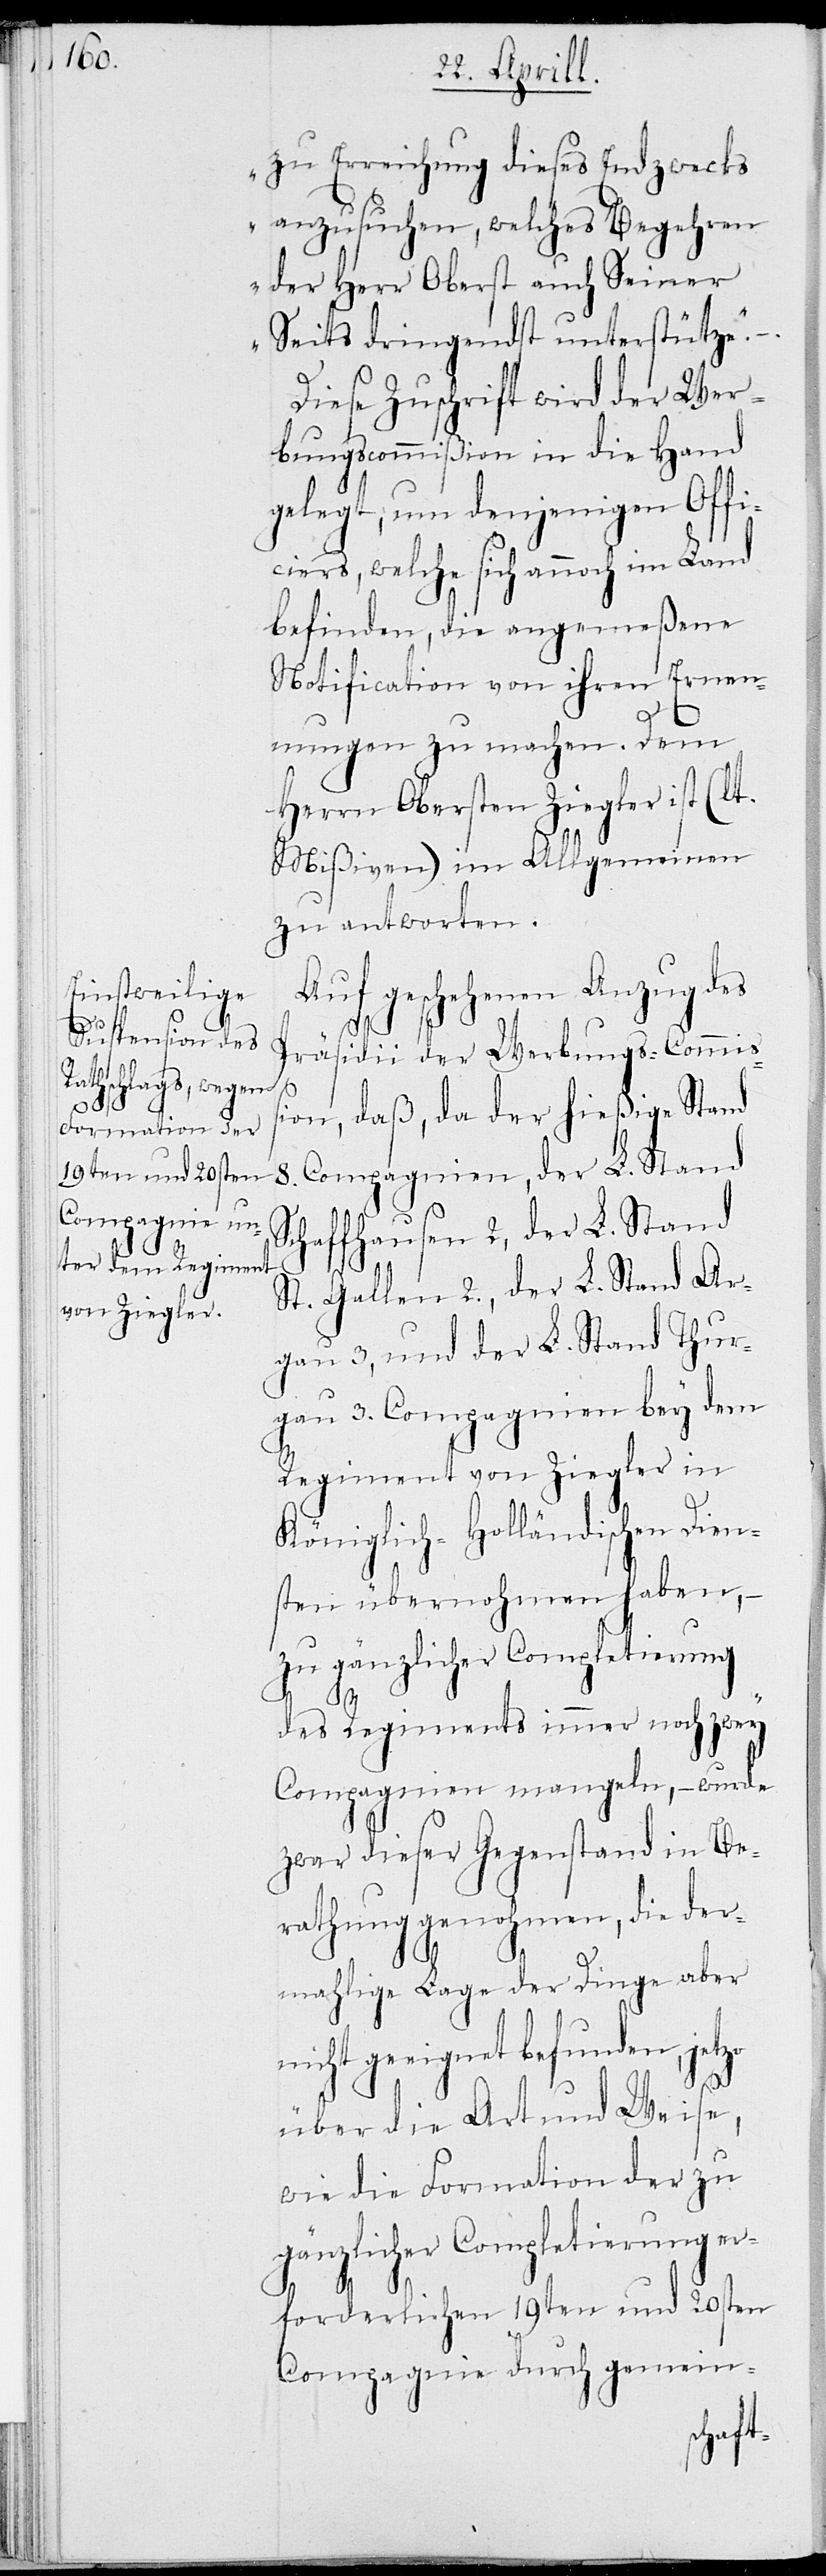
zu Erreichung dieses Endzwecks
anzusuchen, welches Begehren
der Herr Oberst auch Seiner
Seits dringend unterstütze.“
Diese Zuschrift wird der Wer¬
bungscommißion in die Hand
gelegt, um denjenigen Offi¬
ciers, welche sich annoch im Land
befinden, die angemeßene
Notification von ihren Ernen¬
nungen zu machen. Dem
Herrn Obersten Ziegler ist (lt.
Mißiven) im Allgemeinen
zu antworten.
Auf geschehenen Anzug des
Präsidii der Werbungscommiß¬
ion, daß, da der hießige Stand
8. Compagnien, der L. Stand
Schaffhausen 2, der L. Stand
St. Gallen 2., der L. Stand Ar¬
gau 3, und der L. Stand Thur¬
gau 3. Compagnien bey dem
Regiment von Ziegler in
Königlich-Holländischen Dien¬
sten übernohmen haben,
zu gänzlicher Completierung
zo
des Regiments immer noch zwey
Compagnien mangeln, – wurde
zwar dieser Gegenstand in Be¬
rathung genohmen, die der¬
mahlige Lage der Dinge aber
nicht geeignet befunden, jet¬
über die Art und Weise,
wie die Formation der zu
gänzlicher Completierung er¬
forderlichen 19ten und 20sten
Compagnie durch gemein-